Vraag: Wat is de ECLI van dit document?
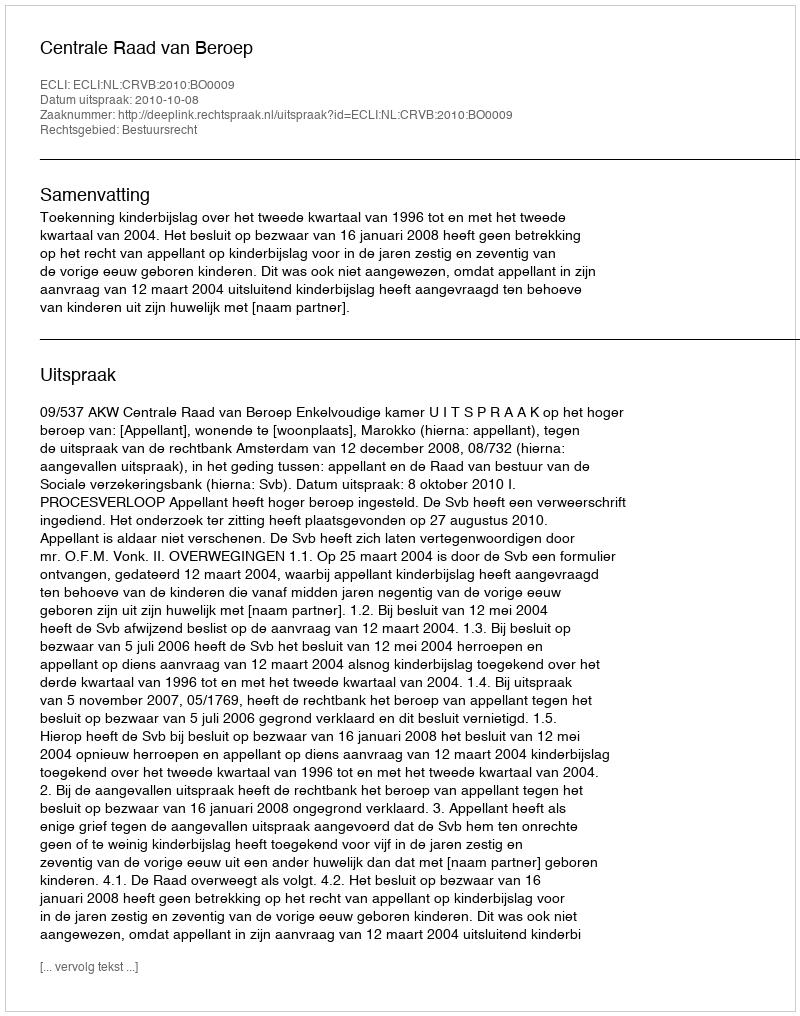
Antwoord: ECLI:NL:CRVB:2010:BO0009